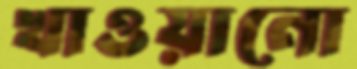
খাওয়ানো